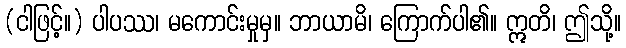
(ငါဖြင့်။) ပါပဿ၊ မကောင်းမှုမှ။ ဘာယာမိ၊ ကြောက်ပါ၏။ ဣတိ၊ ဤသို့။